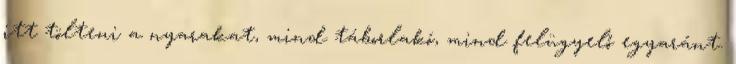
itt tölteni a nyarakat, mind táborlakó, mind felügyelő egyaránt.